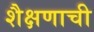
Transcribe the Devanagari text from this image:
शैक्षणाची